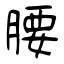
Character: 腰